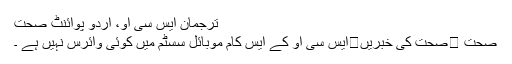
ترجمان ایس سی او، اُردو پوائنٹ صحت
صحت ⬅صحت کی خبریں⬅ایس سی او کے ایس کام موبائل سسٹم میں کوئی وائرس نہیں ہے ۔